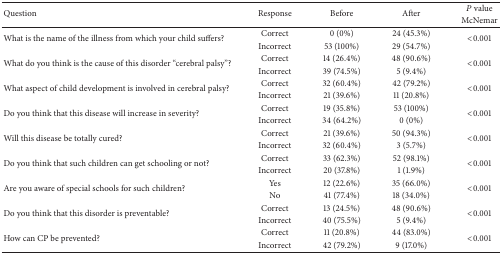
| <ROWSPAN=2> Question | <ROWSPAN=2> Response | <ROWSPAN=2> Before | <ROWSPAN=2> After | P value |
 | McNemar |
 | --- | --- | --- | --- | --- |
 | <ROWSPAN=2> What is the name of the illness from which your child suffers? | Correct | 0 (0%) | 24 (45.3%) | <ROWSPAN=2> <0.001 |
 | Incorrect | 53 (100%) | 29 (54.7%) |
 | <ROWSPAN=2> What do you think is the cause of this disorder “cerebral palsy”? | Correct | 14 (26.4%) | 48 (90.6%) | <ROWSPAN=2> <0.001 |
 | Incorrect | 39 (74.5%) | 5 (9.4%) |
 | <ROWSPAN=2> What aspect of child development is involved in cerebral palsy? | Correct | 32 (60.4%) | 42 (79.2%) | <ROWSPAN=2> <0.001 |
 | Incorrect | 21 (39.6%) | 11 (20.8%) |
 | <ROWSPAN=2> Do you think that this disease will increase in severity? | Correct | 19 (35.8%) | 53 (100%) | <ROWSPAN=2> <0.001 |
 | Incorrect | 34 (64.2%) | 0 (0%) |
 | <ROWSPAN=2> Will this disease be totally cured? | Correct | 21 (39.6%) | 50 (94.3%) | <ROWSPAN=2> <0.001 |
 | Incorrect | 32 (60.4%) | 3 (5.7%) |
 | <ROWSPAN=2> Do you think that such children can get schooling or not? | Correct | 33 (62.3%) | 52 (98.1%) | <ROWSPAN=2> <0.001 |
 | Incorrect | 20 (37.8%) | 1 (1.9%) |
 | <ROWSPAN=2> Are you aware of special schools for such children? | Yes | 12 (22.6%) | 35 (66.0%) | <ROWSPAN=2> <0.001 |
 | No | 41 (77.4%) | 18 (34.0%) |
 | <ROWSPAN=2> Do you think that this disorder is preventable? | Correct | 13 (24.5%) | 48 (90.6%) | <ROWSPAN=2> <0.001 |
 | Incorrect | 40 (75.5%) | 5 (9.4%) |
 | <ROWSPAN=2> How can CP be prevented? | Correct | 11 (20.8%) | 44 (83.0%) | <ROWSPAN=2> <0.001 |
 | Incorrect | 42 (79.2%) | 9 (17.0%) |